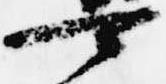
可